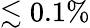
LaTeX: \lesssim 0.1\%